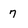
Character: 7